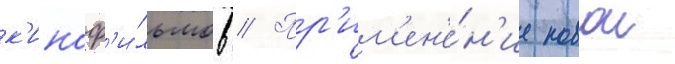
к'иноф'и́льмов // Пр'им'ен'е́н'ие новои